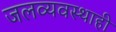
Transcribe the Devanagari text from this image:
जलव्यवस्थाही